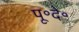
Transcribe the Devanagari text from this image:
पू॰दे॰